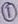
Text: 1